Oru_vallavalitsus, lk 17
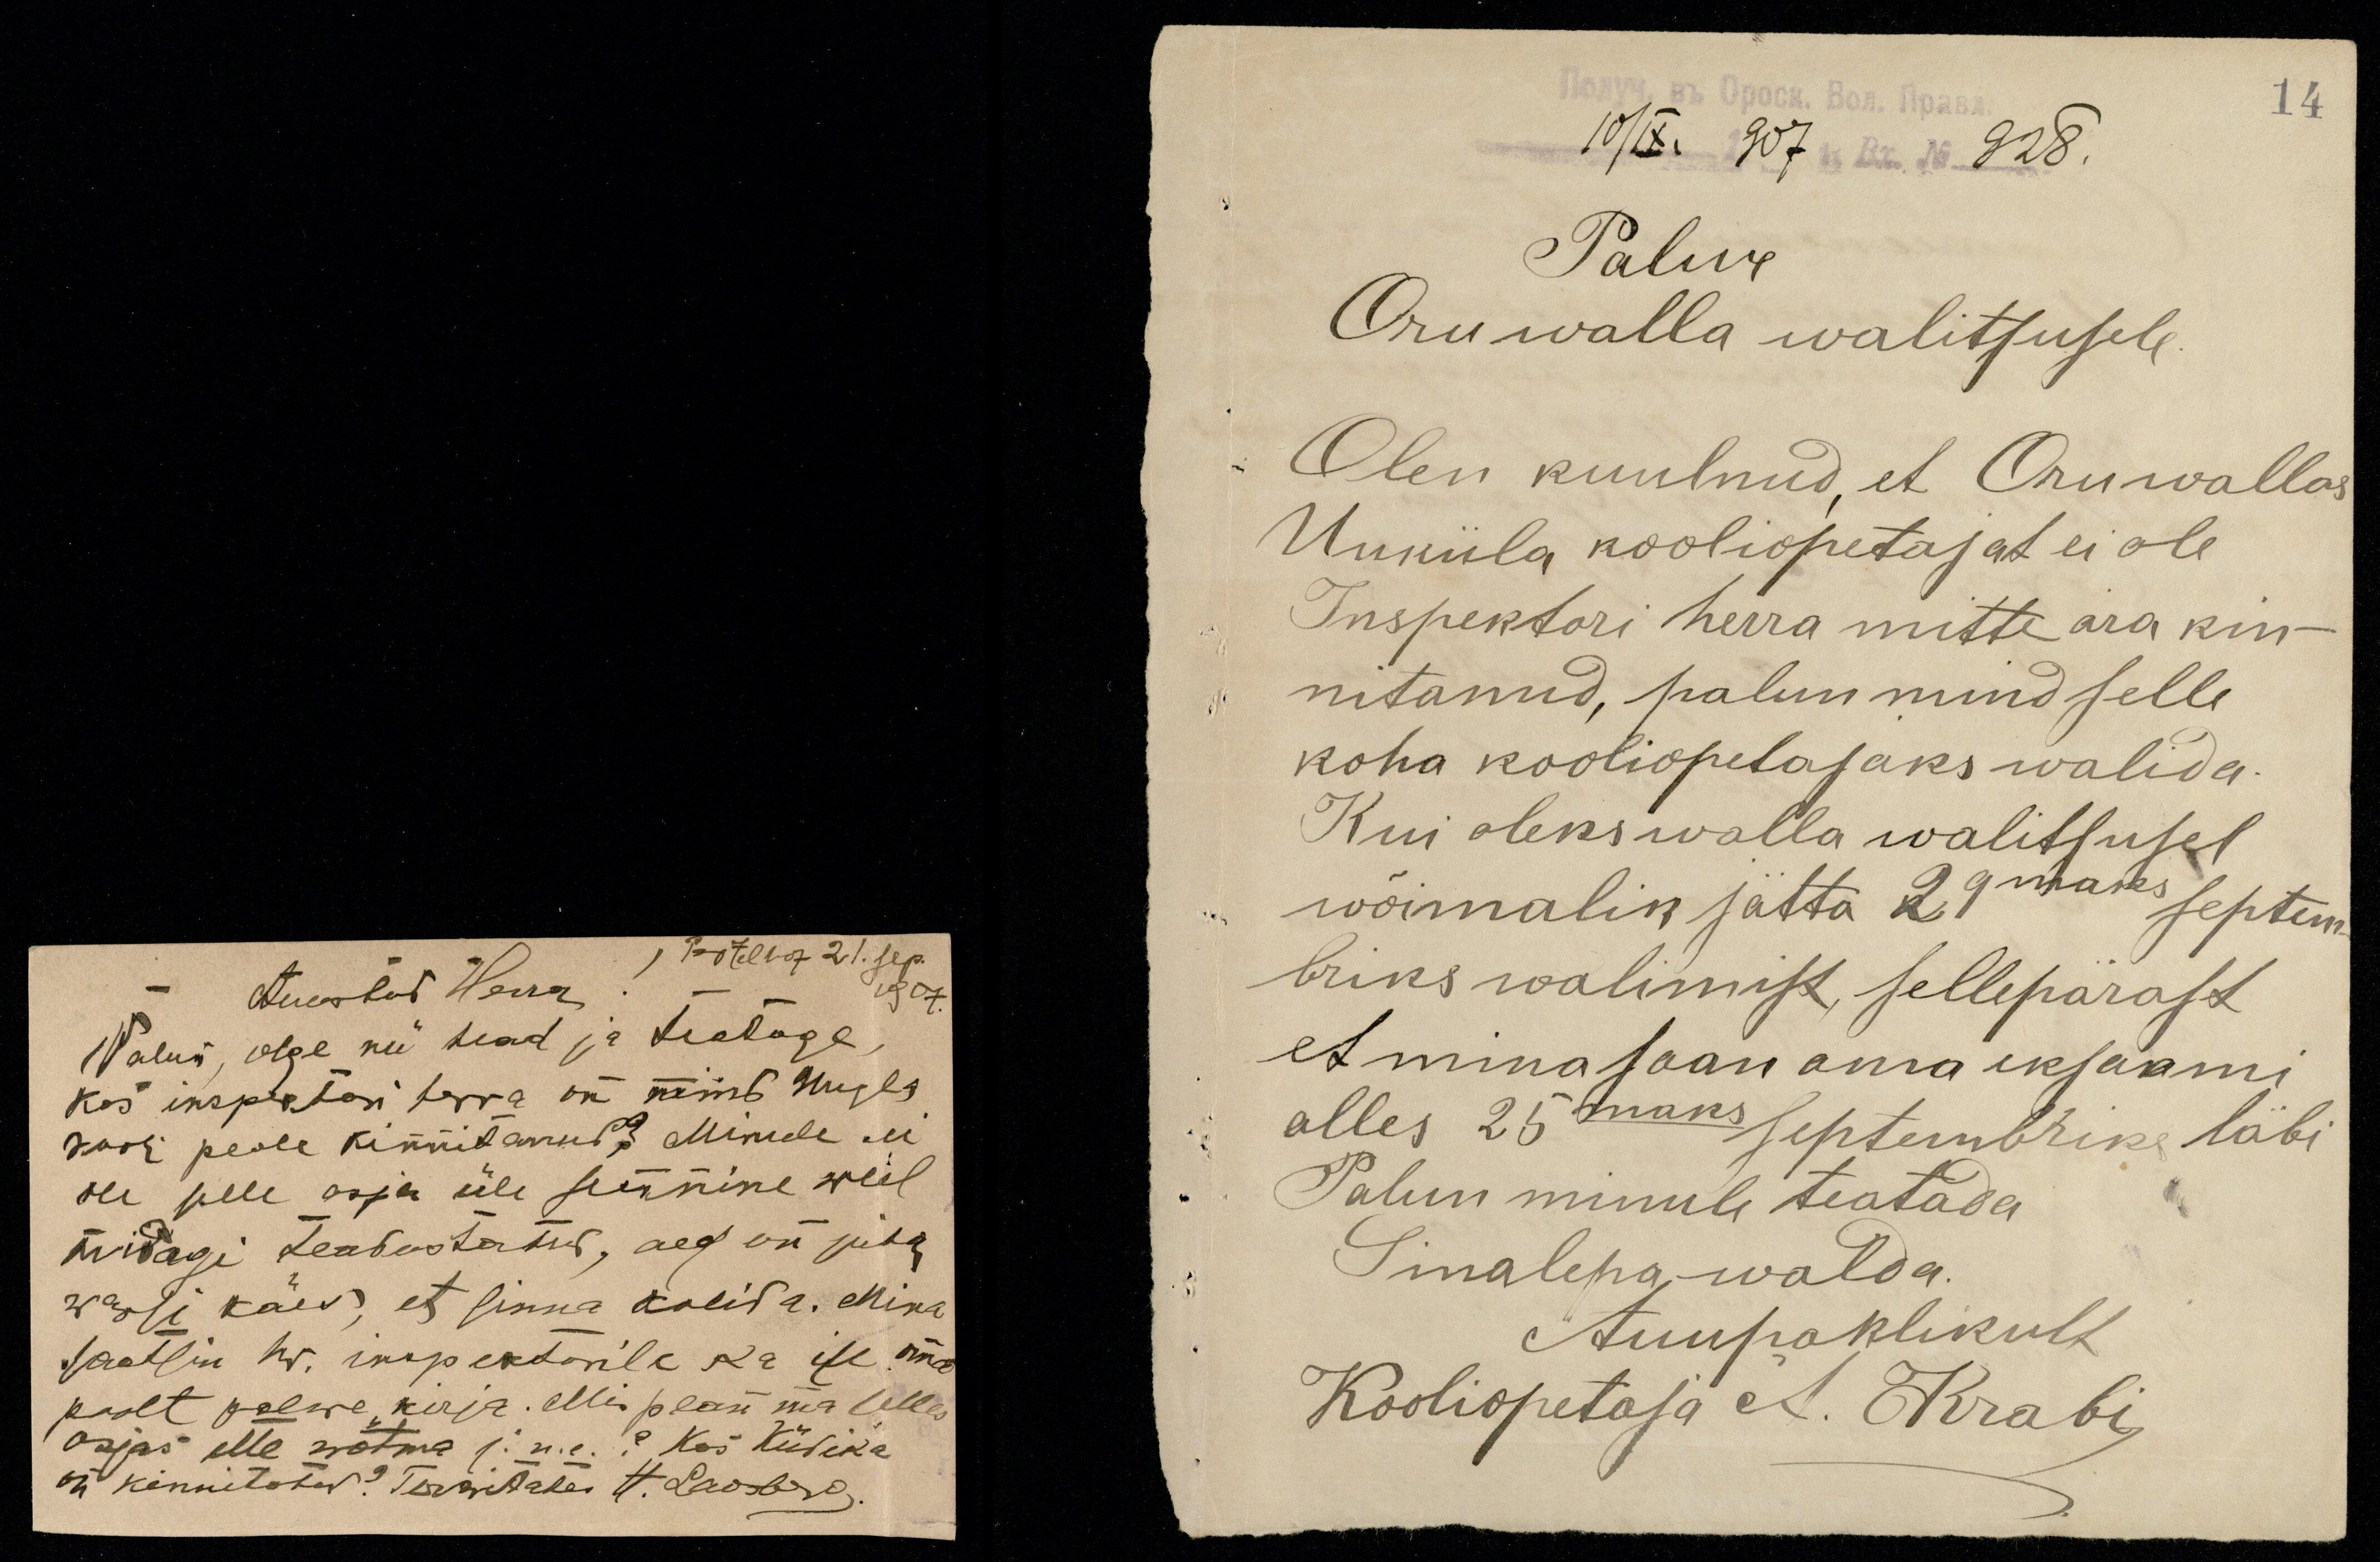
1907.
Auustat Herra!
Palun, olge nii head ja teatage,
kas inspetktori herra on mind Uugla
kooli peale kinnitanud? Minule ei
ole selle asja üle sennine weel
midagi teadustatud, aeg on juba
warsi käes, et sinna kolida. Mina
saatsin hr. inspektorile ka ise oma
poolt palwe kirja. Mis pean ma selles
asjas ette wõtma j.n.e. ? Kas Küdika
on kinnitataw? Terwitades H. Laobreg.

14
Palwe
Oru walla walitsusele.
Olen kuulnud, et Oru wallas
Uuküla kooliopetajat ei ole
Inspektori herra mitte ära kin-
nitanud, palun mind selle
koha kooliõpetajaks walida.
Kui oleks walla walitsusel
wõimalik jätta 29maks septem-
briks walimist, sellepärast
et mina saan oma eksami
alles 25maks septembriks läbi
Palun minule teatada
Sinalepa walda.
Auupaklikult
Kooliopetaja A. Krabi